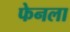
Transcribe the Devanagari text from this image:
फेनला